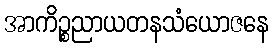
အာကိဉ္စညာယတနသံယောဇနေ